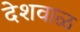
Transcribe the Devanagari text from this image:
देशवाळ